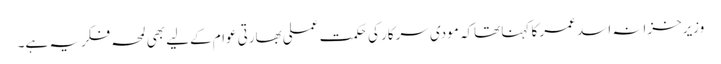
وزیرخزانہ اسد عمر کا کہنا تھاکہ مودی سرکار کی حکمت عملی بھارتی عوام کےلیے بھی لمحہ فکریہ ہے۔